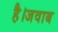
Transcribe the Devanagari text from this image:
है।जवाब